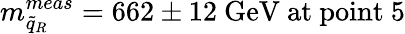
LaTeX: m_{\tilde{q}_{R}}^{meas}=662\pm 12\mathrm{\ GeV~at~point~5}